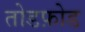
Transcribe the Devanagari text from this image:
तोडफ़ोड